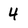
Character: 4